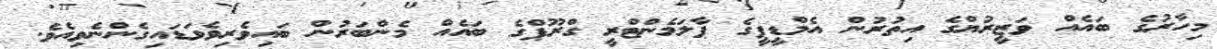
މިހާރުގެ ބައެއް ވަޒީރުޔްގެ އިތުރުން އެމްޑީޕީގެ ޕާލަމެންޓްރީ ގްރޫޕްގެ ބައެއް މެންބަރުން ބައިވެރިވެވަޑައިގެންނެވިއެވެ.